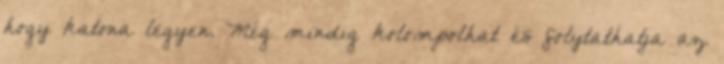
hogy katona legyen. Még mindig kolompolhat és folytathatja az